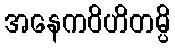
အနေကဝိဟိတမ္ပိ